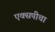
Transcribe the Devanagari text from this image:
एक्सपीचा